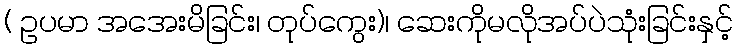
( ဥပမာ အအေးမိခြင်း၊ တုပ်ကွေး)၊ ဆေးကိုမလိုအပ်ပဲသုံးခြင်းနှင့်